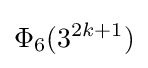
\Phi _{6}(3^{2k+1})